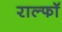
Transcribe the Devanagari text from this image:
राल्फॉ